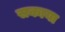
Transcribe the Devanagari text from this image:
सकाया